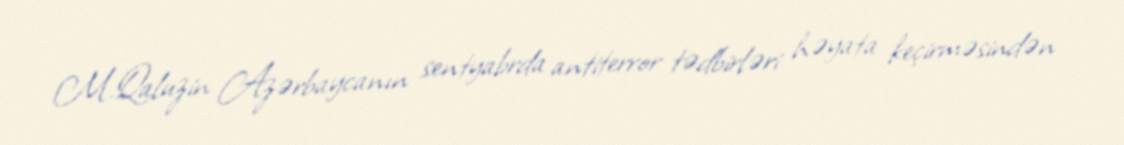
M.Qaluzin Azərbaycanın sentyabrda antiterror tədbirləri həyata keçirməsindən